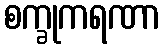
စက္ခုကရဏာ